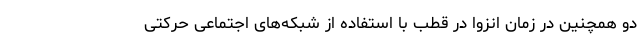
دو همچنین در زمان انزوا در قطب با استفاده از شبکه‌های اجتماعی حرکتی